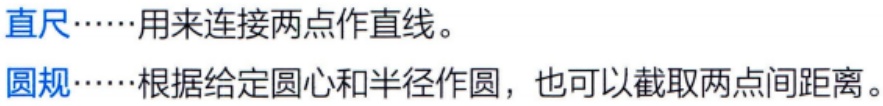
直尺……用来连接两点作直线。
圆规……根据给定圆心和半径作圆，也可以截取两点间距离。